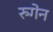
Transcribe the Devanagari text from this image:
रुगेन